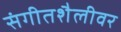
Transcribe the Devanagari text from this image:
संगीतशैलीवर